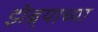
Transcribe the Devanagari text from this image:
झेब्र्याच्या